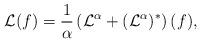
LaTeX: \begin{align*}\mathcal{L}(f) = \frac{1}{\alpha} \left( \mathcal{L}^\alpha + (\mathcal{L}^{\alpha})^*\right)(f),\end{align*}